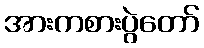
အားကစားပွဲတော်